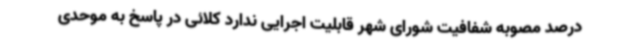
درصد مصوبه شفافیت شورای شهر قابلیت اجرایی ندارد کلائی در پاسخ به موحدی